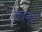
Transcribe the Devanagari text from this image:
इन्द्रजव